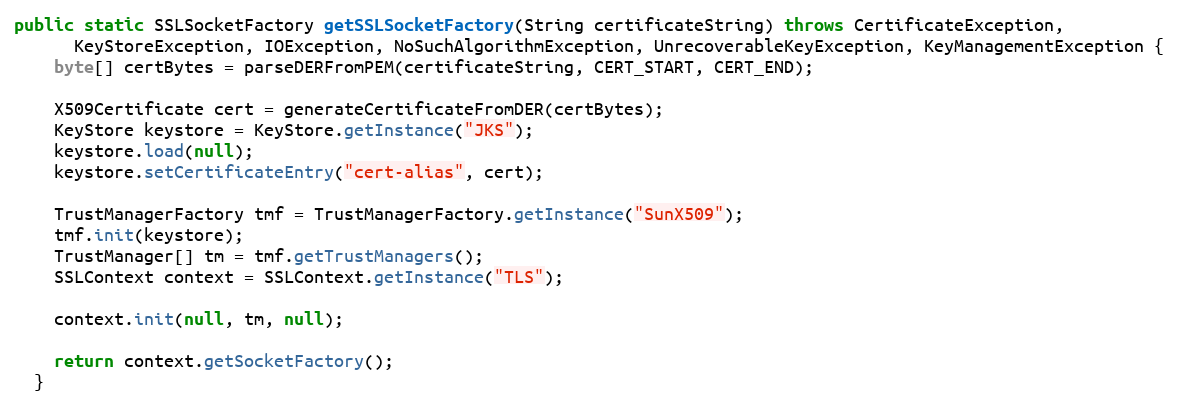
Language: Java
public static SSLSocketFactory getSSLSocketFactory(String certificateString) throws CertificateException,
      KeyStoreException, IOException, NoSuchAlgorithmException, UnrecoverableKeyException, KeyManagementException {
    byte[] certBytes = parseDERFromPEM(certificateString, CERT_START, CERT_END);

    X509Certificate cert = generateCertificateFromDER(certBytes);
    KeyStore keystore = KeyStore.getInstance("JKS");
    keystore.load(null);
    keystore.setCertificateEntry("cert-alias", cert);

    TrustManagerFactory tmf = TrustManagerFactory.getInstance("SunX509");
    tmf.init(keystore);
    TrustManager[] tm = tmf.getTrustManagers();
    SSLContext context = SSLContext.getInstance("TLS");

    context.init(null, tm, null);

    return context.getSocketFactory();
  }